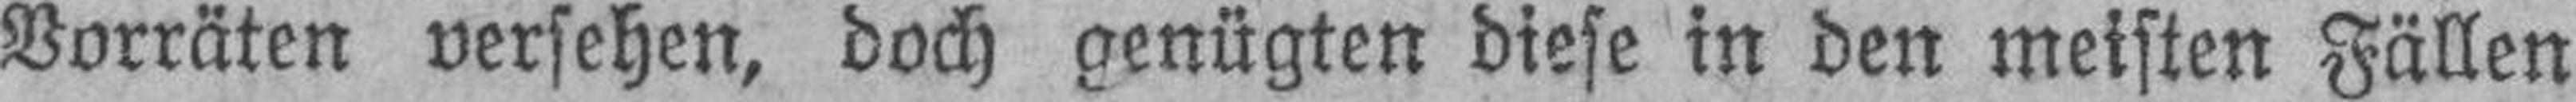
Vorräten versehen, doch genügten diese in den meisten Fällen